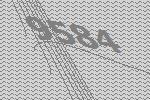
9584